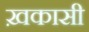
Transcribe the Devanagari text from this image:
ख़कासी